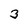
Character: 3